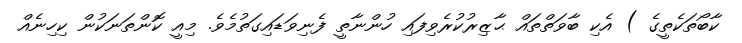
ކާބޯތަކެތީގެ ) އެކި ބާވަތްތައް ޙާޒިރުކުރެވިފައި ހުންނާތީ ފެނިވަޑައިގަތުމެވެ. މިއީ ކޮންތަނަކުން ކިހިނެއް